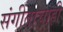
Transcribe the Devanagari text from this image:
संगीताचाही